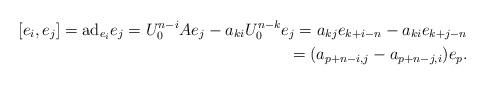
LaTeX: \begin{align*}[e_i,e_j]={\rm ad}_{e_i}e_j=U_0^{n-i}Ae_j-a_{ki}U_0^{n-k}e_j=a_{kj}e_{k+i-n}-a_{ki}e_{k+j-n}\\\phantom{[e_i,e_j]}=(a_{p+n-i,j}-a_{p+n-j,i})e_p.\end{align*}